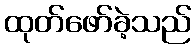
ထုတ်ဖော်ခဲ့သည်